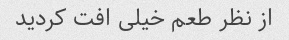
از نظر طعم خیلی افت کردید